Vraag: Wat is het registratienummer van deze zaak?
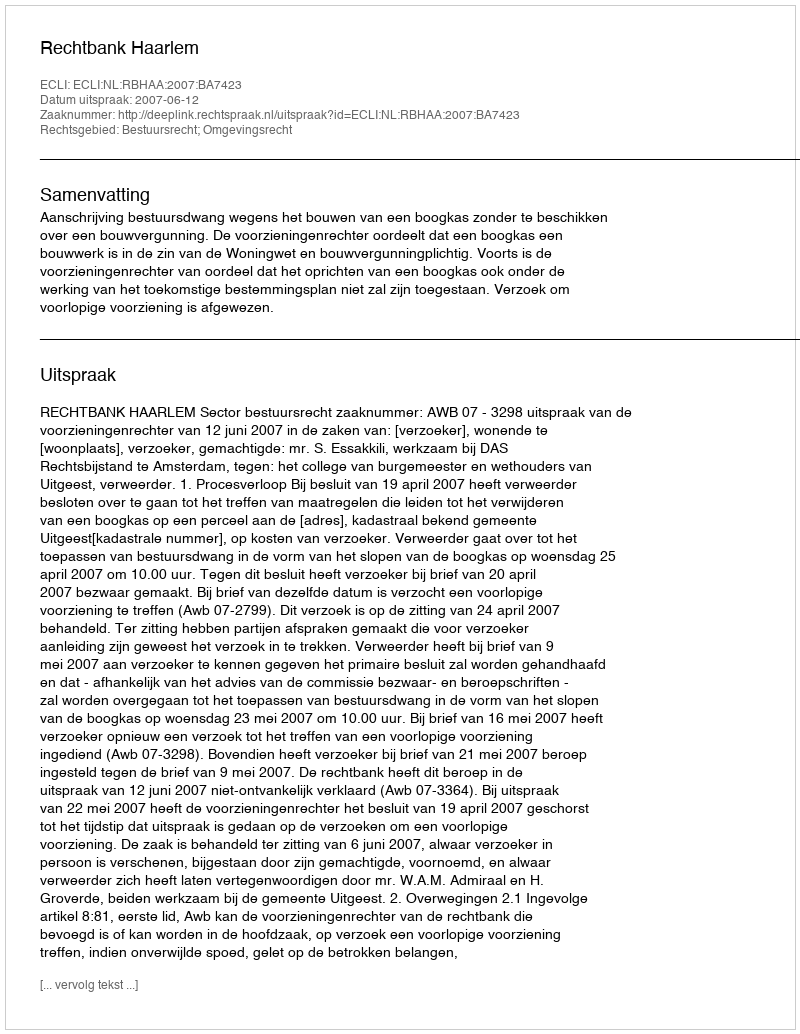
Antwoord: http://deeplink.rechtspraak.nl/uitspraak?id=ECLI:NL:RBHAA:2007:BA7423